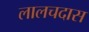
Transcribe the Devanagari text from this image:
लालचदास